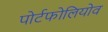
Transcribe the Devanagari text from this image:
पोर्टफोलियोव